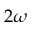
2 \omega